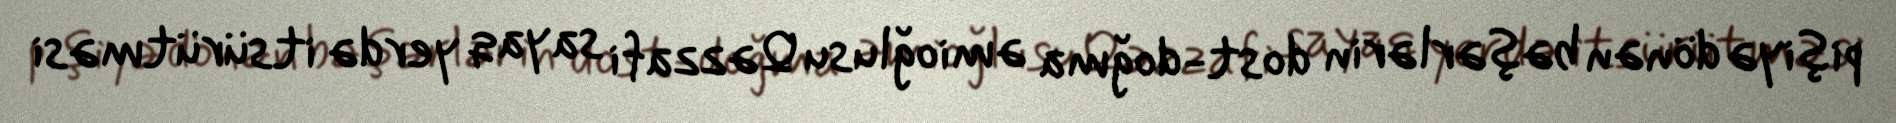
pişiyə dönən bəşərlərin dost-doğma əmioğlusu Qəzzafi sayaq yerdə itsürütməsi